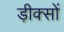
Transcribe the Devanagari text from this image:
ड़ीक्सों